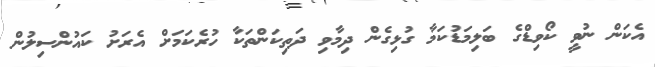
އެކަން ނުވީ ކޯވިޑްގެ ބަލިމަޑުކަމާ ގުޅިގެން ދިމާވި ދަތިކަންތަކާ ހުރެކަމަށް އެރަށު ކައުންސިލުން